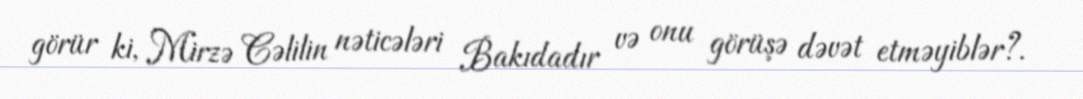
görür ki, Mirzə Cəlilin nəticələri Bakıdadır və onu görüşə dəvət etməyiblər?.